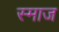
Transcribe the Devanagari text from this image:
स्माज